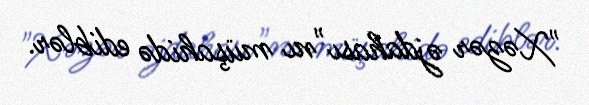
"Xəzər əjdahası"nı müşahidə ediblər.